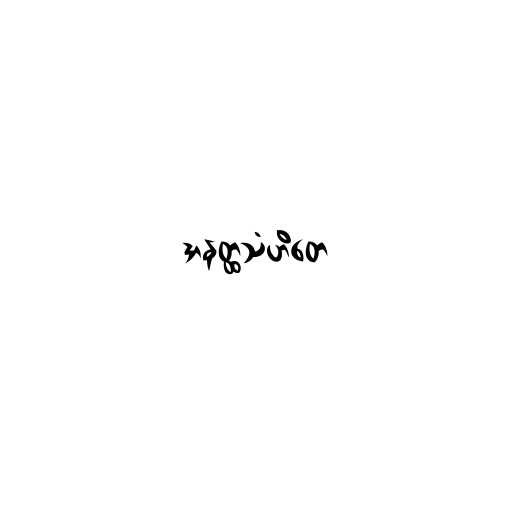
အနတ္ထသံဟိတေ